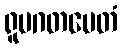
ရူပဂတမေတံ